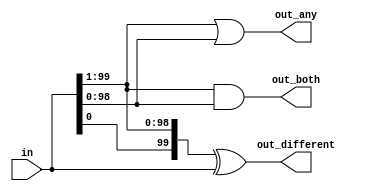
module top_module( 
    input [99:0] in,
    output [98:0] out_both,
    output [99:1] out_any,
    output [99:0] out_different );

    assign out_both = in[99:1] & in[98:0];
    assign out_any = in[99:1] | in[98:0];
    assign out_different = {in[0],in[99:1]} ^ in[99:0];
    // for loop => bad
endmodule